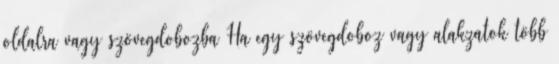
oldalra vagy szövegdobozba Ha egy szövegdoboz vagy alakzatok több